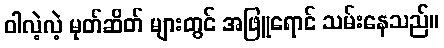
ဝါလဲ့လဲ့ မုတ်ဆိတ် များတွင် အဖြူရောင် သမ်းနေသည်။